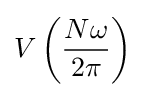
V\left({\frac {N\omega }{2\pi }}\right)